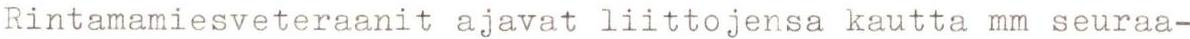
Rintamamiesveteraanit ajavat liittojensa kautta mm seuraa-